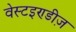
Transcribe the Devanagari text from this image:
वेस्टइण्डीज़